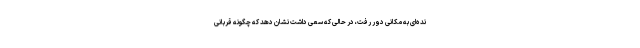
نده‌ای به مکانی دور رفت، در حالی که سعی داشت نشان دهد که چگونه قربانی